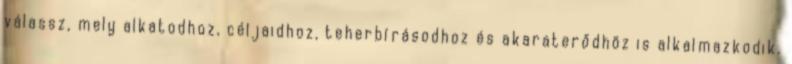
válassz, mely alkatodhoz, céljaidhoz, teherbírásodhoz és akaraterődhöz is alkalmazkodik.